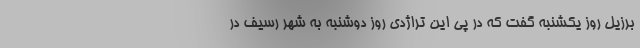
برزیل روز یکشنبه گفت که در پی این تراژدی روز دوشنبه به شهر رسیف در